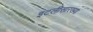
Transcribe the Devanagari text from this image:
इटलीसारख्या